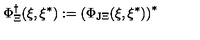
\Phi _ { \Xi } ^ { \dagger } ( \xi , \xi ^ { * } ) : = \left( \Phi _ { \mathrm { J } \Xi } ( \xi , \xi ^ { * } ) \right) ^ { * }